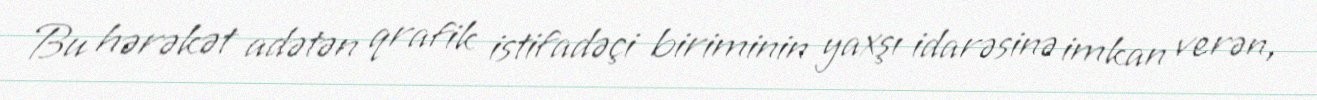
Bu hərəkət adətən qrafik istifadəçi biriminin yaxşı idarəsinə imkan verən,